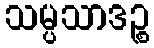
သမ္ပသာဒဉ္စ